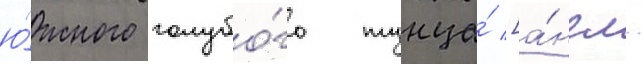
ю́жного голубо́го тунца́ [а́нгл.